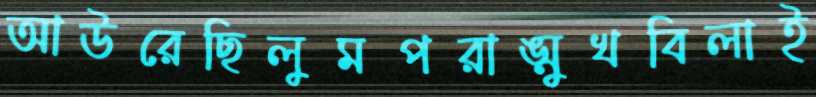
আউরেছিলুমপরাঙ্মুখবিলাই